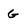
Character: G